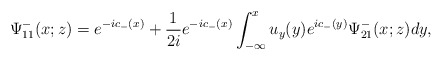
\begin{align*}\Psi^-_{11}(x;z)=e^{-ic_-(x)}+\frac{1}{2i} e^{-ic_-(x)} \int_{-\infty}^x u_y(y) e^{ic_-(y)}\Psi^-_{21}(x;z) dy,\end{align*}